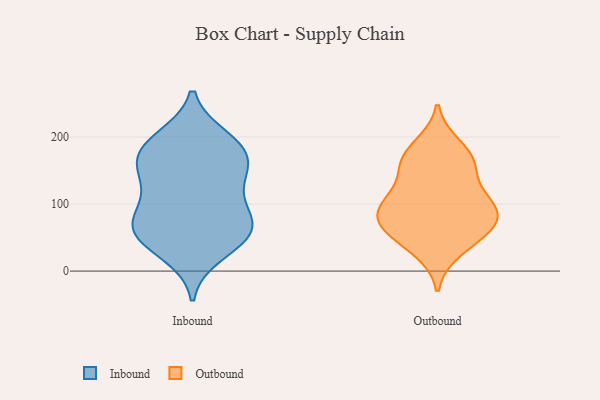
{"axis": {"x": "Demand Index", "y": "Value"}, "legend": ["Inbound", "Outbound"], "data": [{"x": "", "y": 149, "type": "Inbound"}, {"x": "", "y": 97, "type": "Inbound"}, {"x": "", "y": 43, "type": "Inbound"}, {"x": "", "y": 185, "type": "Inbound"}, {"x": "", "y": 72, "type": "Inbound"}, {"x": "", "y": 194, "type": "Inbound"}, {"x": "", "y": 26, "type": "Inbound"}, {"x": "", "y": 177, "type": "Inbound"}, {"x": "", "y": 63, "type": "Inbound"}, {"x": "", "y": 106, "type": "Inbound"}, {"x": "", "y": 161, "type": "Inbound"}, {"x": "", "y": 154, "type": "Inbound"}, {"x": "", "y": 68, "type": "Inbound"}, {"x": "", "y": 135, "type": "Inbound"}, {"x": "", "y": 198, "type": "Inbound"}, {"x": "", "y": 55, "type": "Inbound"}, {"x": "", "y": 61, "type": "Inbound"}, {"x": "", "y": 106, "type": "Outbound"}, {"x": "", "y": 32, "type": "Outbound"}, {"x": "", "y": 67, "type": "Outbound"}, {"x": "", "y": 105, "type": "Outbound"}, {"x": "", "y": 159, "type": "Outbound"}, {"x": "", "y": 52, "type": "Outbound"}, {"x": "", "y": 65, "type": "Outbound"}, {"x": "", "y": 79, "type": "Outbound"}, {"x": "", "y": 159, "type": "Outbound"}, {"x": "", "y": 186, "type": "Outbound"}, {"x": "", "y": 102, "type": "Outbound"}, {"x": "", "y": 165, "type": "Outbound"}, {"x": "", "y": 87, "type": "Outbound"}]}